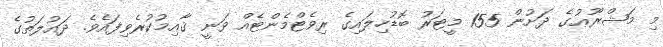
މި މަޝްރޫޢުގެ ދަށުން 155 މީޓަރު ބޮޑުހިލައިގެ ރިވެޓްމެންޓެއް ވަނީ ޤާއިމުކުރެވިފައެވެ. ދައުލަތުގެ